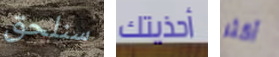
سنلحق أحذيتك أكثر